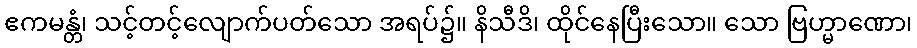
ဧကမန္တံ၊ သင့်တင့်လျောက်ပတ်သော အရပ်၌။ နိသီဒိ၊ ထိုင်နေပြီးသော။ သော ဗြဟ္မာဏော၊